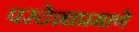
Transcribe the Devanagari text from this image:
परदेशाप्रमाणे